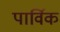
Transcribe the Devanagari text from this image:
पार्विक